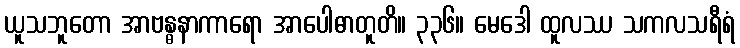
ယူသဘူတော အာဗန္ဓနာကာရော အာပေါဓာတူတိ။ ၃၃၆။ မေဒေါ ထူလဿ သကလသရီရံ